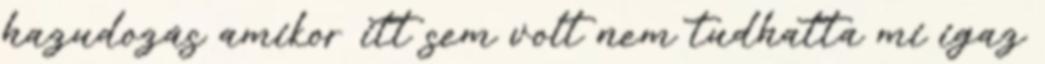
hazudozás amikor itt sem volt nem tudhatta mi igaz